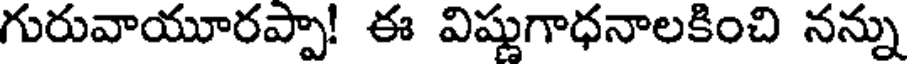
గురువాయూరప్పా! ఈ విష్ణుగాధనాలకించి నన్ను